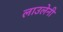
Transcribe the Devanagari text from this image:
लाउलेनी